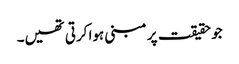
جو حقیقت پر مبنی ہوا کرتی تھیں۔